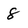
Character: 8